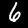
Label: 6